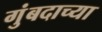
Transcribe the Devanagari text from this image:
गुंबदाच्या